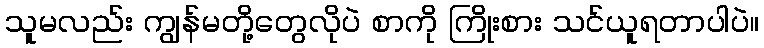
သူမလည်း ကျွန်မတို့တွေလိုပဲ စာကို ကြိုးစား သင်ယူရတာပါပဲ။